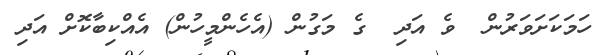
ހަމަކަށަވަރުން  ވެ އަދި  ގެ މަގުން (އެހެންމީހުން) އެއްކިބާކޮށް އަދި